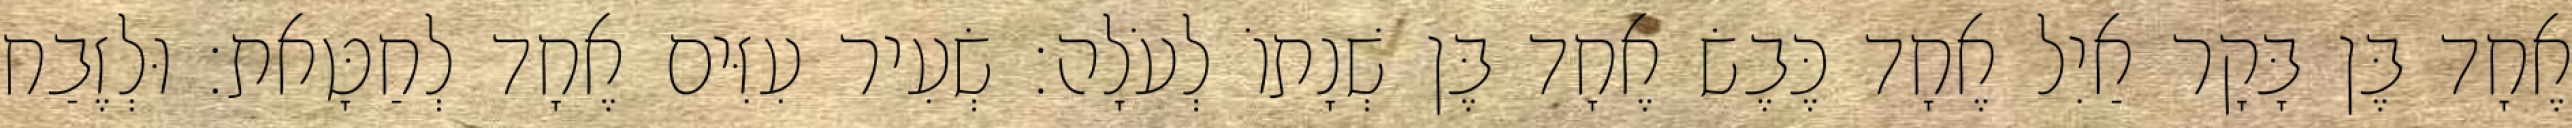
אֶחָד בֶּן בָּקָר אַיִל אֶחָד כֶּבֶשׂ אֶחָד בֶּן שְׁנָתוֹ לְעֹלָה׃ שְׂעִיר עִזִּים אֶחָד לְחַטָּאת׃ וּלְזֶבַח